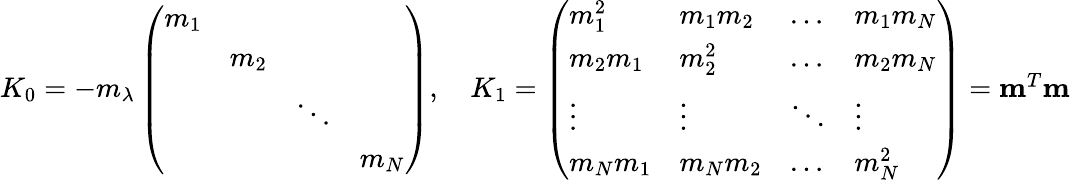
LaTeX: \begin{array}{r}{K_{0}=-m_{\lambda}\left(\begin{array}{llll}{m_{1}}&&&\\ &{m_{2}}&&\\ &&{\ddots}&\\ &&&{m_{N}}\end{array}\right),\quad K_{1}=\left(\begin{array}{llll}{m_{1}^{2}}&{m_{1}m_{2}}&{\ldots}&{m_{1}m_{N}}\\ {m_{2}m_{1}}&{m_{2}^{2}}&{\ldots}&{m_{2}m_{N}}\\ {\vdots}&{\vdots}&{\ddots}&{\vdots}\\ {m_{N}m_{1}}&{m_{N}m_{2}}&{\ldots}&{m_{N}^{2}}\end{array}\right)=\mathbf{m}^{T}\mathbf{m}}\end{array}